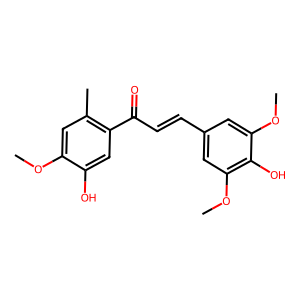
SMILES: COc1cc(C)c(C(=O)C=Cc2cc(OC)c(O)c(OC)c2)cc1O
Inhibits HIV replication: No